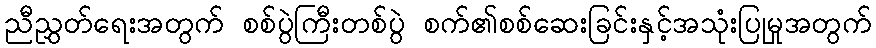
ညီညွှတ်ရေးအတွက် စစ်ပွဲကြီးတစ်ပွဲ စက်၏စစ်ဆေးခြင်းနှင့်အသုံးပြုမှုအတွက်